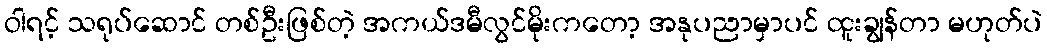
ဝါရင့် သရုပ်ဆောင် တစ်ဦးဖြစ်တဲ့ အကယ်ဒမီလွင်မိုးကတော့ အနုပညာမှာပင် ထူးချွန်တာ မဟုတ်ပဲ